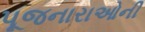
પૂજનારાઓની